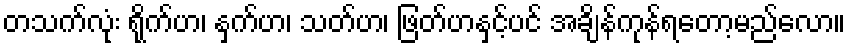
တသက်လုံး ရိုက်ဟ၊ နှက်ဟ၊ သတ်ဟ၊ ဖြတ်ဟနှင့်ပင် အချိန်ကုန်ရတော့မည်လော။